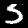
Digit: 5